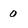
Character: 0